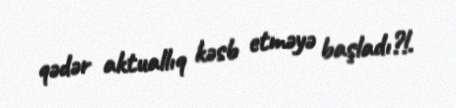
qədər aktuallıq kəsb etməyə başladı?!.